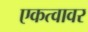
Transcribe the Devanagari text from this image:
एकत्वावर